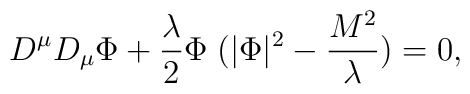
D^{\mu} D_{\mu}\Phi + \frac{\lambda}{2}\Phi\;  ( |\Phi|^{2} - \frac{M^2}{\lambda} ) = 0,